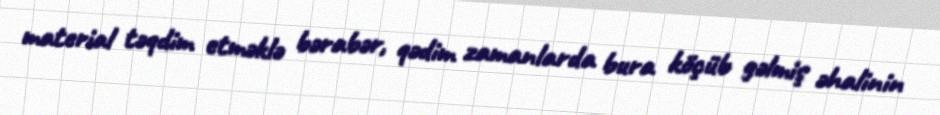
material təqdim etməklə bərabər, qədim zamanlarda bura köçüb gəlmiş əhalinin